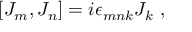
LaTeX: [ J _ { m } , J _ { n } ] = i \epsilon _ { m n k } J _ { k } ~ ,